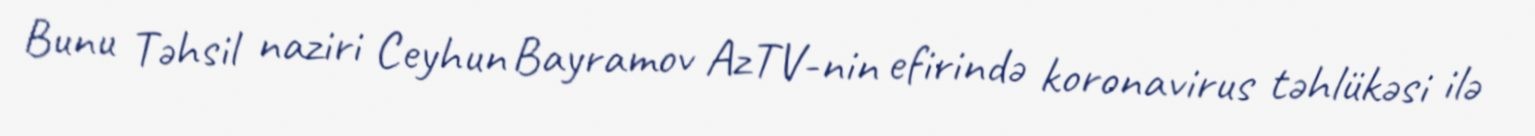
Bunu Təhsil naziri Ceyhun Bayramov AzTV-nin efirində koronavirus təhlükəsi ilə